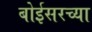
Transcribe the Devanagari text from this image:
बोईसरच्या